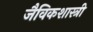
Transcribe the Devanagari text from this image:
जैविकशास्त्री